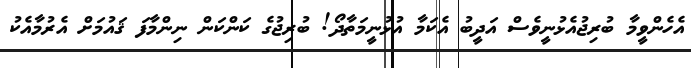
އެހެންވީމާ ބުރިޖުއެޅުނީވެސް އަދީބު އެކަމާ އުޅުނީމަތާދޯ! ބުރިޖުގެ ކަންކަން ނިންމާފަ ޤައުމަށް އެރުމާއެކު